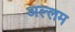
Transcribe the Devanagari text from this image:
अल्लम